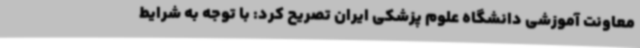
معاونت آموزشی دانشگاه علوم پزشکی ایران تصریح کرد: با توجه به شرایط